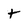
Character: t